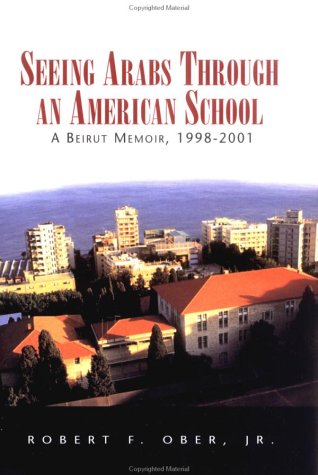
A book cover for Seeing Arabs Through An American School; Robert F. Ober Jr; Travel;